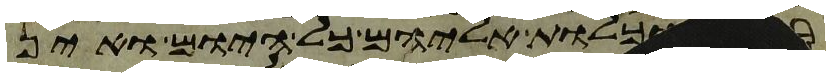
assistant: וכלות אליהם כל היום ואין